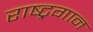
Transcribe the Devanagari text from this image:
राष्‍ट्रगान